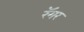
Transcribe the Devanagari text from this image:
रॅगर